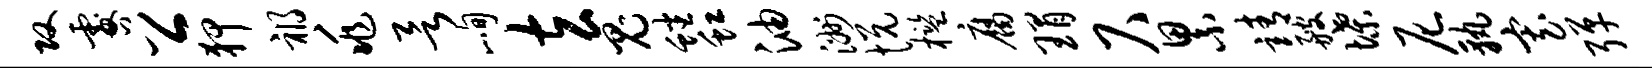
攻咎公狎祸兆欲峋玄鬼蟠虹油洲悦槛腐瑁尺累靖艘堞尼孰寡弹